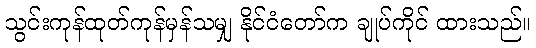
သွင်းကုန်ထုတ်ကုန်မှန်သမျှ နိုင်ငံတော်က ချုပ်ကိုင် ထားသည်။